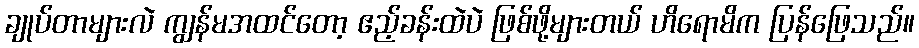
ချုပ်တာများလဲ ကျွန်မအထင်တော့ ဧည့်ခန်းထဲပဲ ဖြစ်ဖို့များတယ် ဟိရောမိက ပြန်ဖြေသည်။